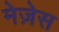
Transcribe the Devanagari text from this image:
मेज़ेस